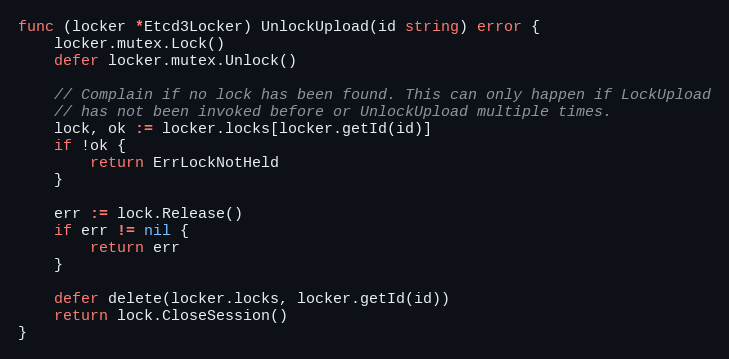
Language: Go
func (locker *Etcd3Locker) UnlockUpload(id string) error {
	locker.mutex.Lock()
	defer locker.mutex.Unlock()

	// Complain if no lock has been found. This can only happen if LockUpload
	// has not been invoked before or UnlockUpload multiple times.
	lock, ok := locker.locks[locker.getId(id)]
	if !ok {
		return ErrLockNotHeld
	}

	err := lock.Release()
	if err != nil {
		return err
	}

	defer delete(locker.locks, locker.getId(id))
	return lock.CloseSession()
}